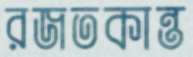
রজতকান্ত